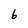
Character: 6